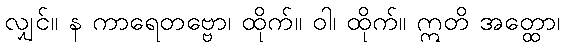
လျှင်။ န ကာရေတဗ္ဗော၊ ထိုက်။ ဝါ၊ ထိုက်။ ဣတိ အတ္ထော၊